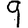
Digit: 9